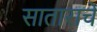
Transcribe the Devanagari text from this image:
साताराचे